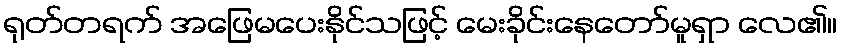
ရုတ်တရက် အဖြေမပေးနိုင်သဖြင့် မေးခိုင်းနေတော်မူရှာ လေ၏။